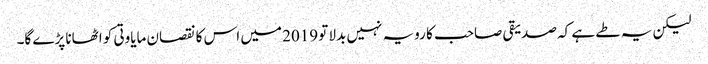
لیکن یہ طے ہے کہ صدیقی صاحب کا رویہ نہیں بدلا تو 2019 میں اس کا نقصان مایاوتی کو اٹھانا پڑے گا۔